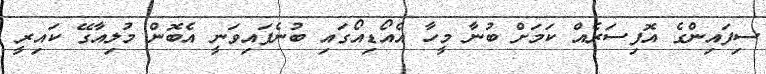
ސިފައިންގެ އޮފިސަރެއް ކަމަށް ބުނާ މީހާ އެއޯޑިއޯގައި ބުނެފައިވަނީ އެބޮން މުލިއާގޭ ކައިރީ